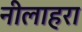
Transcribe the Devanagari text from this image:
नीलाहरा